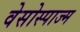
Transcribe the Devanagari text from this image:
वेसोस्पाज्म